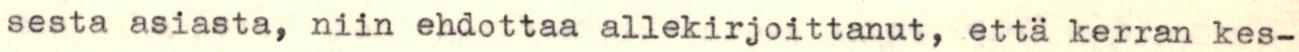
sesta asiasta, niin ehdottaa allekirjoittanut, että kerran kes-